Janeda_(Ambla)_vallavalitsus, lk 43
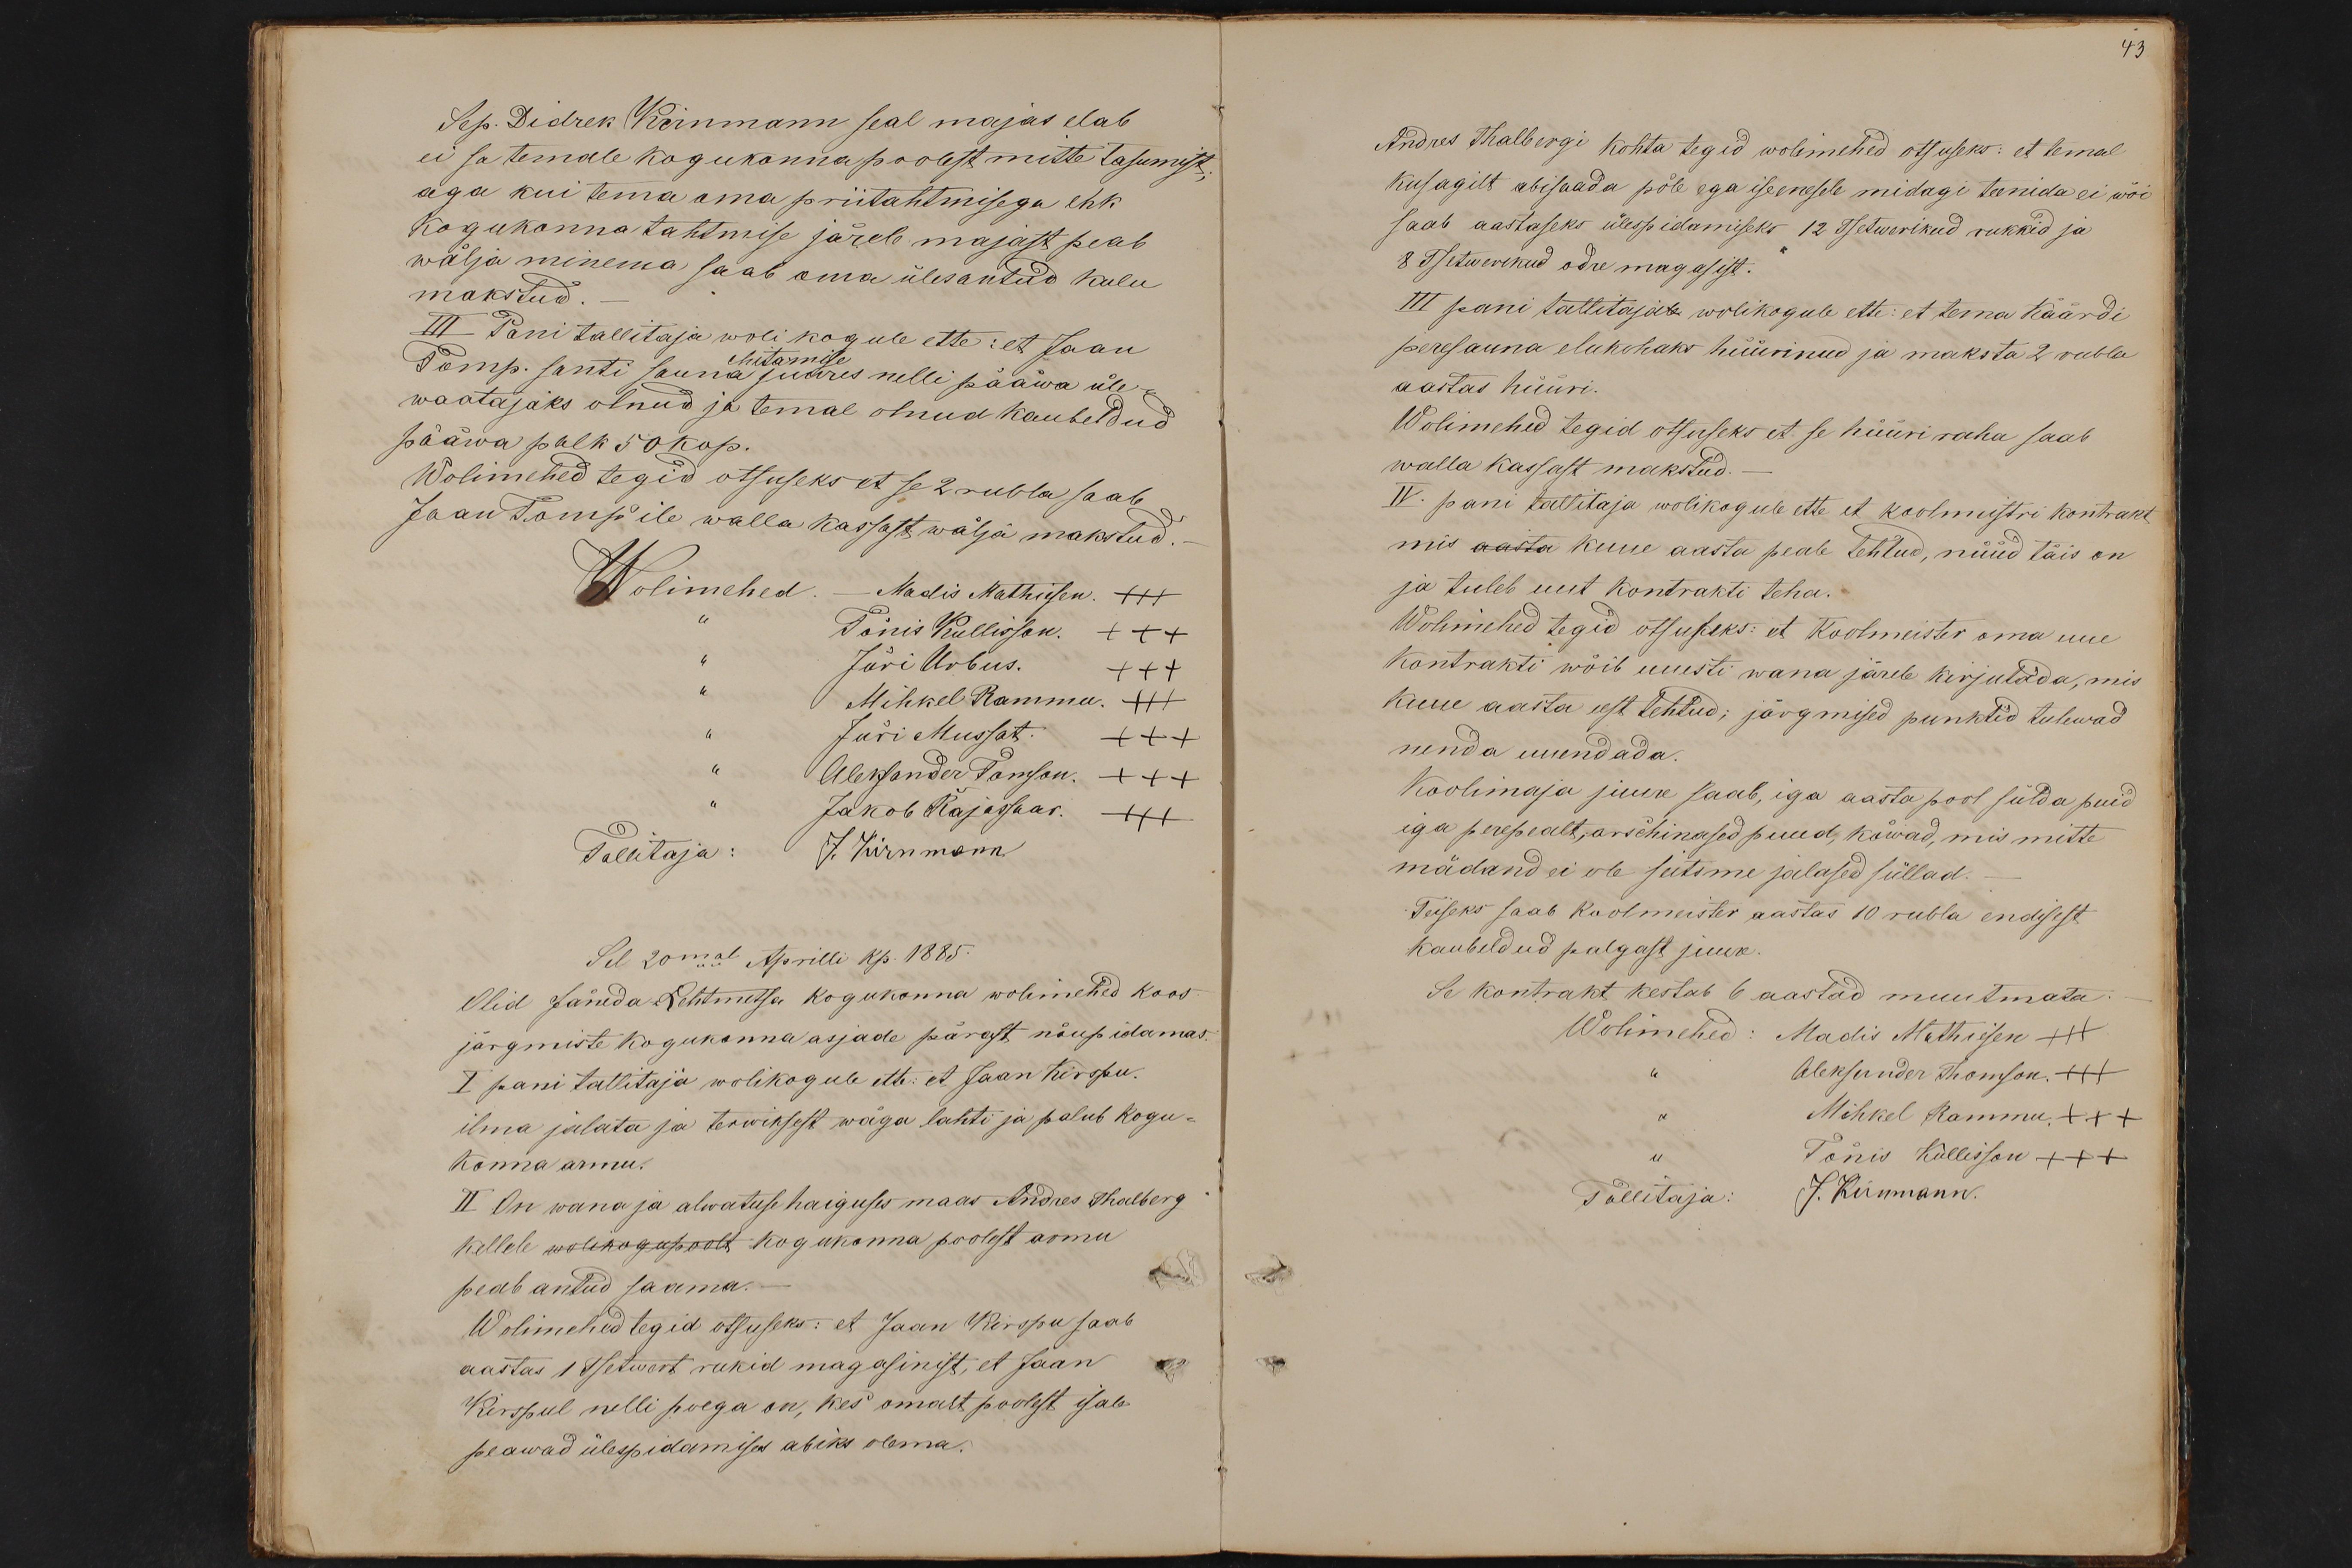
Sep. Didrek Kirnmann seal majas elab
ei sa temale kogukonna poolest mitte tasumist;
aga kui tema oma priitahtmisega ehk
Kogukonna tahtmise järele majast peab
wälja minema saab oma ülesantud kulu
makstud
III Pani tallitaja wolikogule ette: et Jaan
ehitamise
Tomp. santi sauna juures nelli pääwa üle
waatajaks olnud ja temal olnud kaubeldud
pääwa palk 50 kop.
Wolimehed tegid otsuseks et se 2 rubla saab
Jaan Tomp'ile walla kassast wälja makstud.
Wolimehed. - Madis Mathiesen. +++
" Tõnis Kullisson. +++
" Jüri Urbus. +++
" Mihkel Rammu +++
" Jüri Mussat. +++
" Aleksander Tomson. +++
Jakob Rajassaar. +++
Tallitaja: J. Kirnmann.
Sel 20mal Aprilli kp. 1885.
Olid Jända-Lehtmetsa kogukonna wolimehed koos
järgmiste kogukonna asjade pärast nõupidamas.
I pani tallitaja wolikogule ette: et Jaan Kirspu.
ilma jalata ja terwiksest wäga lahti ja palub kogu-
konna armu.
II On wana ja alwatuse haiguses maas Andres Thalberg
kellele wolikogupoolt kogukonna poolest armu
peab antud saama.
Wolimehed tegid otsuseks: et Jaan Kirspu saab
aastas 1 Tsetwert rukid magasinist, et Jaan
Kirspul nelli poega on, kes omast poolest isale
peawad ülespidamises abiks olema.

43
Andres Thalbergi kohta tegid wolimehed otsuseks: et temal
kusagilt abisaada pole ega iseenesele midagi teenida ei wõi
saab aastaseks ülespidamiseks 12 Tsetwerikud rukkid ja
8 Tsetwerikud odre magasist.
III pani tallitajale wolikogule ette: et tema Käärdi
peresauna elukohaks hüürinud ja maksta 2 rubla
aastas hüüri.
Wolimehed tegid otsuseks et se hüüri raha saab
walla kassast makstud.
IV. pani tallitaja wolikogule ette et koolmeistri kontrakt
mis aasta kuue aasta peale tehtud, nüüd täis on
ja tuleb uut kontrakti teha.
Wolimehed tegid otsuseks: et Koolmeister oma uue
Kontrakti wõib uuesti wana järele kirjutada, mis
kuue aasta eest tehtud; järgmised punktid tulewad
nenda uuendada.
Koolimaja juure saab, iga aasta pool sülda puid
iga perepealt, arschinased puud, kõwad, mis mitte
mädand ei ole seitsme jalased süllad.
Teiseks saab koolmeister aastas 10 rubla endisest
kaubeldud palgast juure
Se kontrakt kestab 6 aastad muutmata
Wolimehed: Madis Mathiesen +++
Aleksander Thomson. +++
Mihkel Rammu. +++
Tõnis Kullisson +++
Tallitaja: J. Kirnmann.